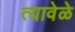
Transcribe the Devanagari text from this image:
त्यावेळे